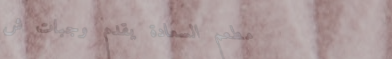
مطعم السعادة يقدم وجبات ش